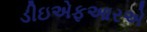
ડીઇએફઆરએ